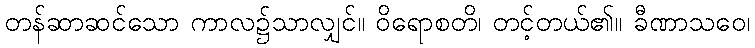
တန်ဆာဆင်သော ကာလ၌သာလျှင်။ ဝိရောစတိ၊ တင့်တယ်၏။ ခီဏာသဝေ၊